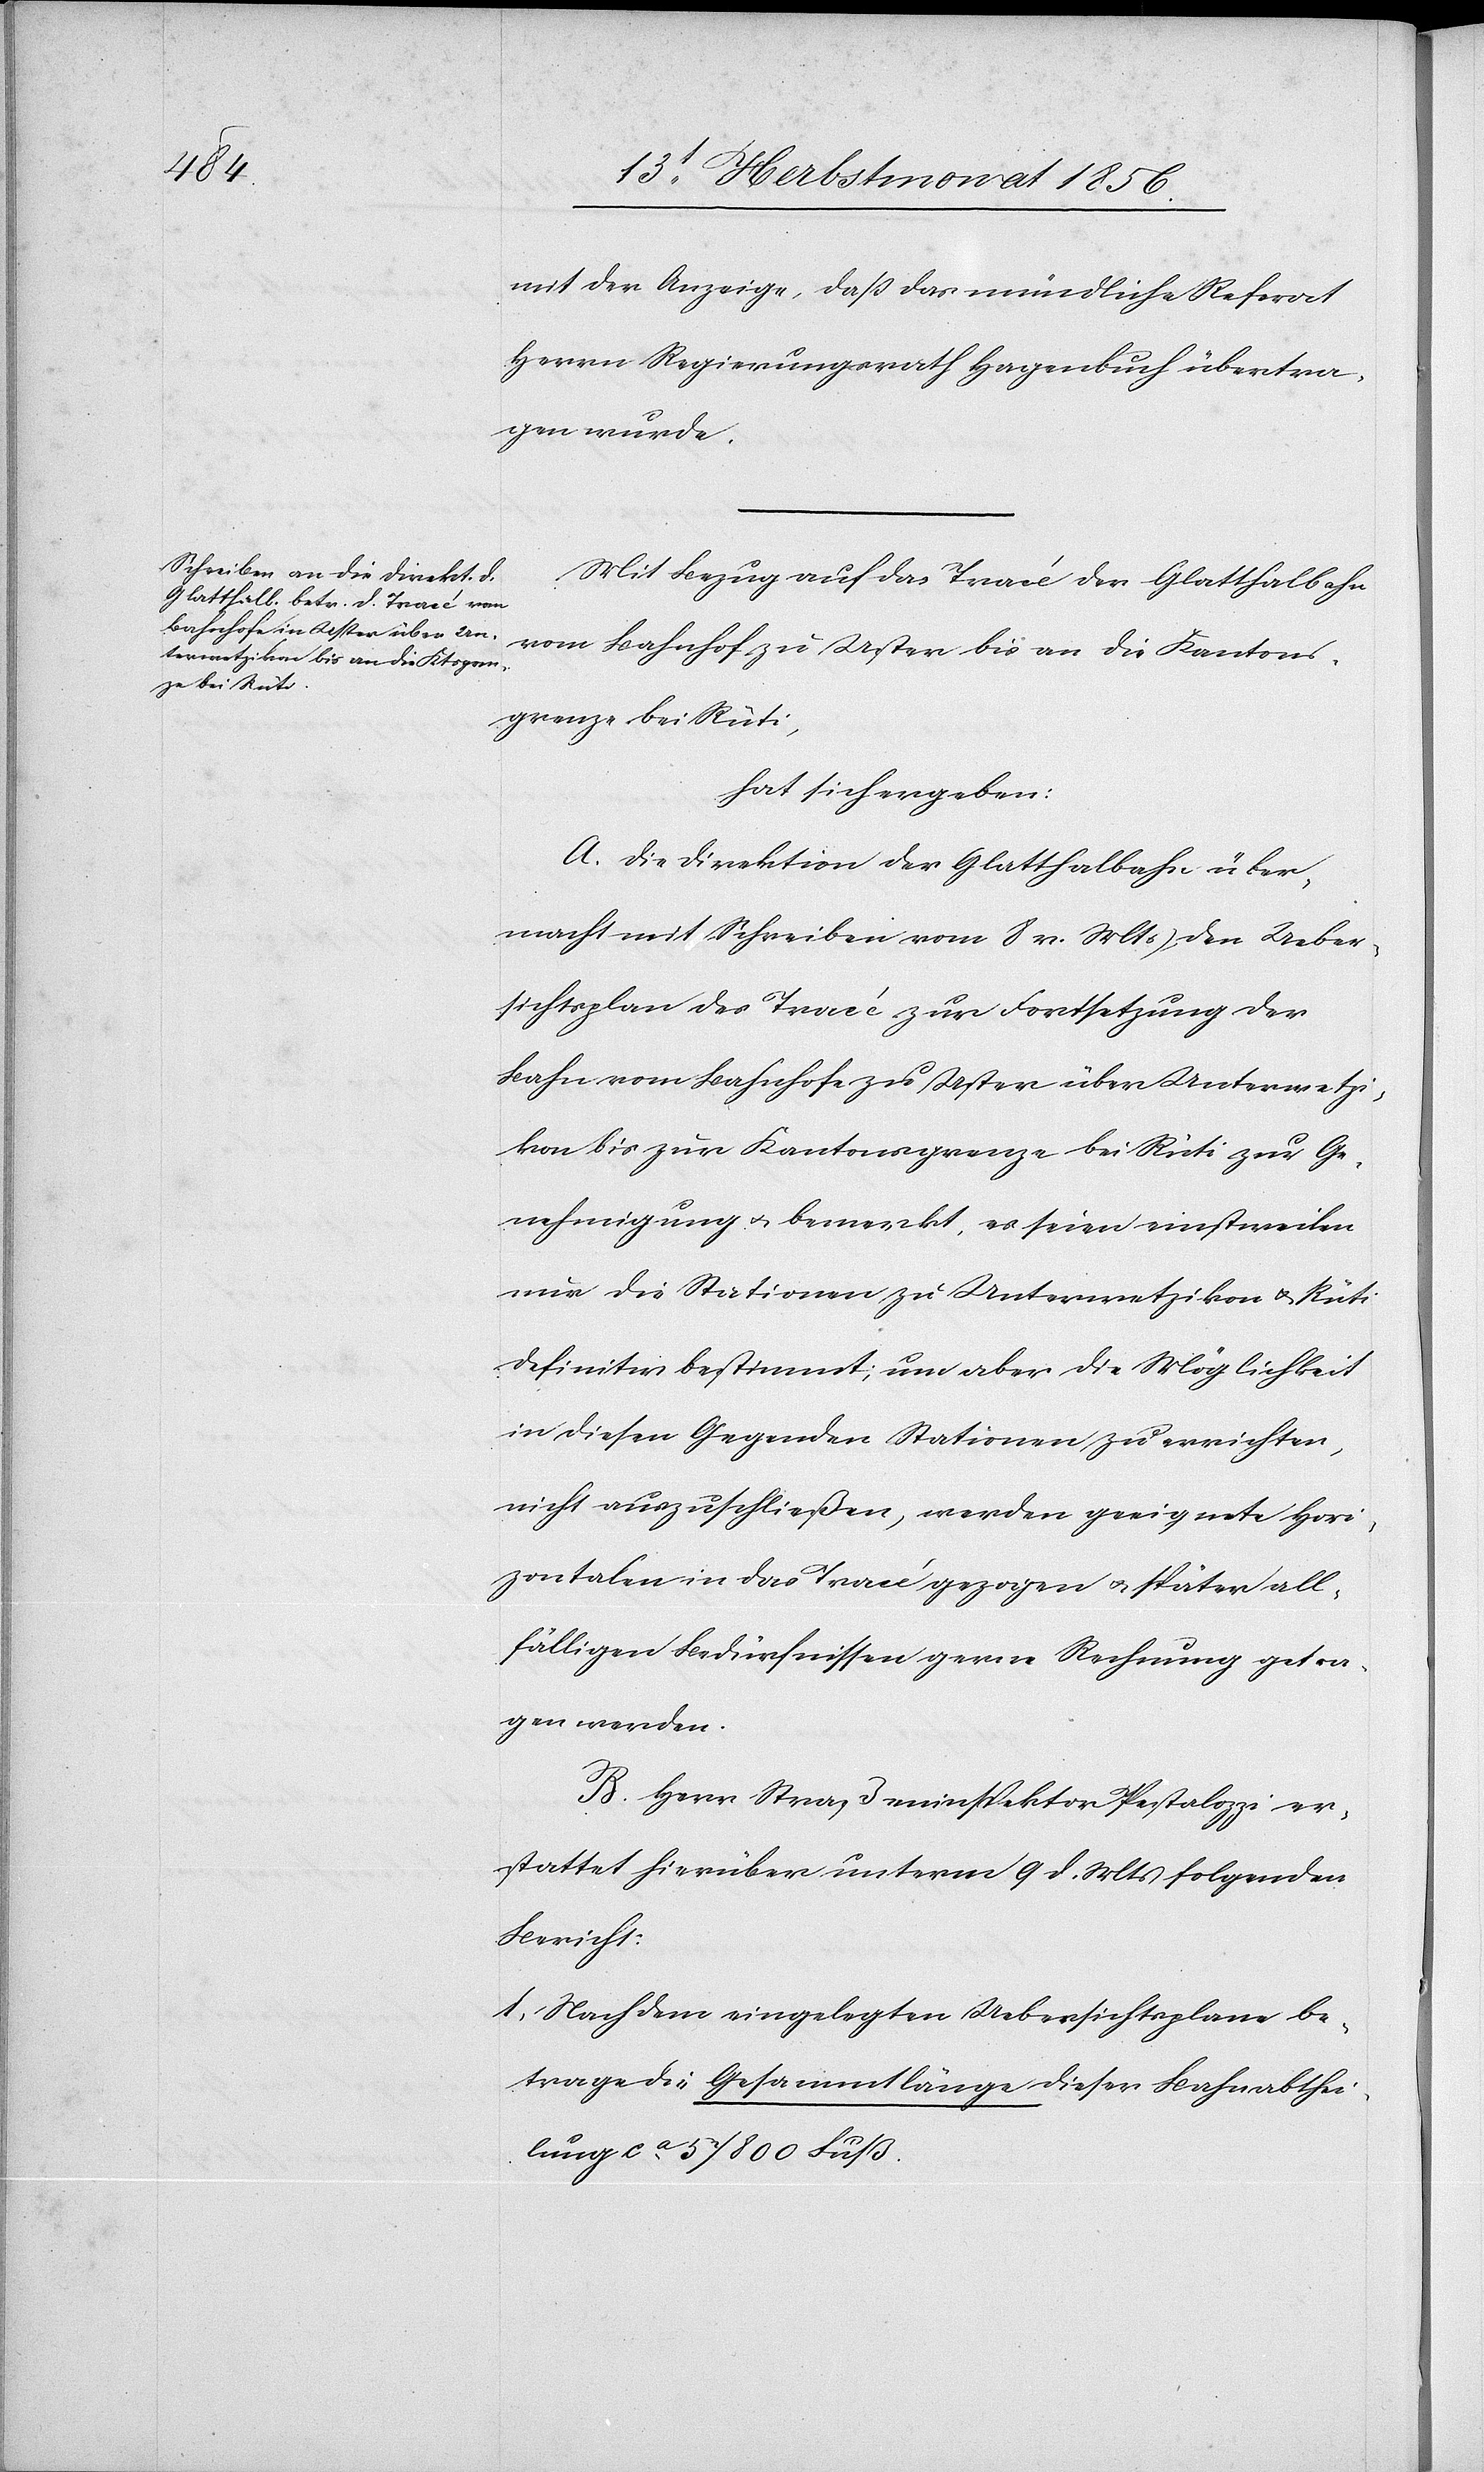
mit der Anzeige, dass das mündliche Referat
Herrn Regierungsrath Hagenbuch übertra¬
gen wurde.
Mit Bezug auf das Tracé der Glatthalbahn
vom Bahnhof zu Uster bis an die Kantons¬
grenze bei Rüti,
hat sich ergeben:
A. Die Direktion der Glatthalbahn über¬
macht mit Schreiben vom 8 v. Mts den Ueber¬
sichtsplan des Tracé zur Fortsetzung der
Bahn vom Bahnhofe zu Uster über Unterwetzi¬
kon bis zur Kantonsgrenze bei Rüti zur Ge¬
nehmigung u. bemerkt, es seien einstweilen
nur die Stationen zu Unterwetzikon u. Rüti
definitiv bestimmt; um aber die Möglichkeit
in diesen Gegenden Stationen zu errichten,
nicht auszuschließen, werden geeignete Hori¬
zontalen in das Tracé gezogen u. später all¬
fälligen Bedürfnissen gerne Rechnung getra¬
gen werden.
B. Herr Straßeninspektor Pestalozzi er¬
stattet hierüber unterm 9 d. Mts folgenden
Bericht:
1.) Nach dem eingelegten Uebersichtsplane be¬
trage die Gesammtlänge dieser Bahnabthei¬
lung ca 57 800 Fuß.